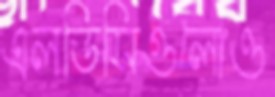
এলডিসিগুলোও